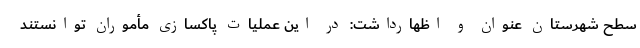
سطح شهرستان عنوان و اظهارداشت: در این عملیات پاکسازی مأموران توانستند